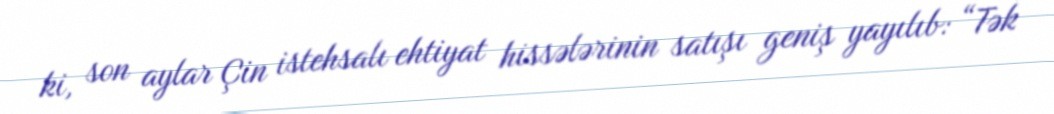
ki, son aylar Çin istehsalı ehtiyat hissələrinin satışı geniş yayılıb: “Tək